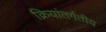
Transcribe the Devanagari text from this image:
क्रियांतर्गतीय